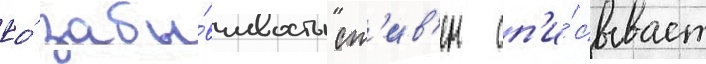
Ео́ забы́вчивость ст'ив'ен сп'и́сывает